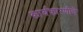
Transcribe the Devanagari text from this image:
कार्यकारणीचे